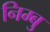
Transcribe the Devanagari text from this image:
निम्बु